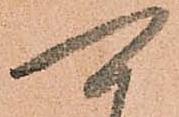
可